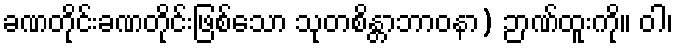
ခဏတိုင်းခဏတိုင်းဖြစ်သော သုတစိန္တာဘာဝနာ) ဉာဏ်ထူးကို။ ဝါ၊